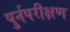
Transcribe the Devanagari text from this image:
पुर्नपरीक्षण